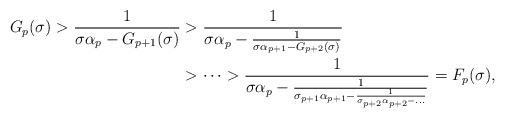
LaTeX: \begin{align*}G_p(\sigma)>\frac{1}{\sigma\alpha_p-G_{p+1}(\sigma)}&>\frac{1}{\sigma\alpha_p-\frac{1}{\sigma\alpha_{p+1}-G_{p+2}(\sigma)}}\\&>\dots>\frac{1}{\sigma\alpha_p-\frac{1}{\sigma_{p+1}\alpha_{p+1}-\frac{1}{\sigma_{p+2}\alpha_{p+2}-\dots}}}=F_p(\sigma),\end{align*}